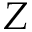
Z